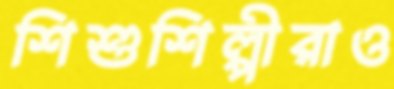
শিশুশিল্পীরাও